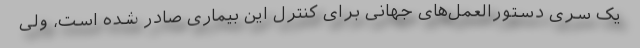
یک سری دستورالعمل‌های جهانی برای کنترل این بیماری صادر شده است، ولی